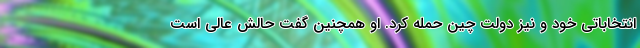
انتخاباتی خود و نیز دولت چین حمله کرد. او همچنین گفت حالش عالی است